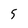
Character: 5